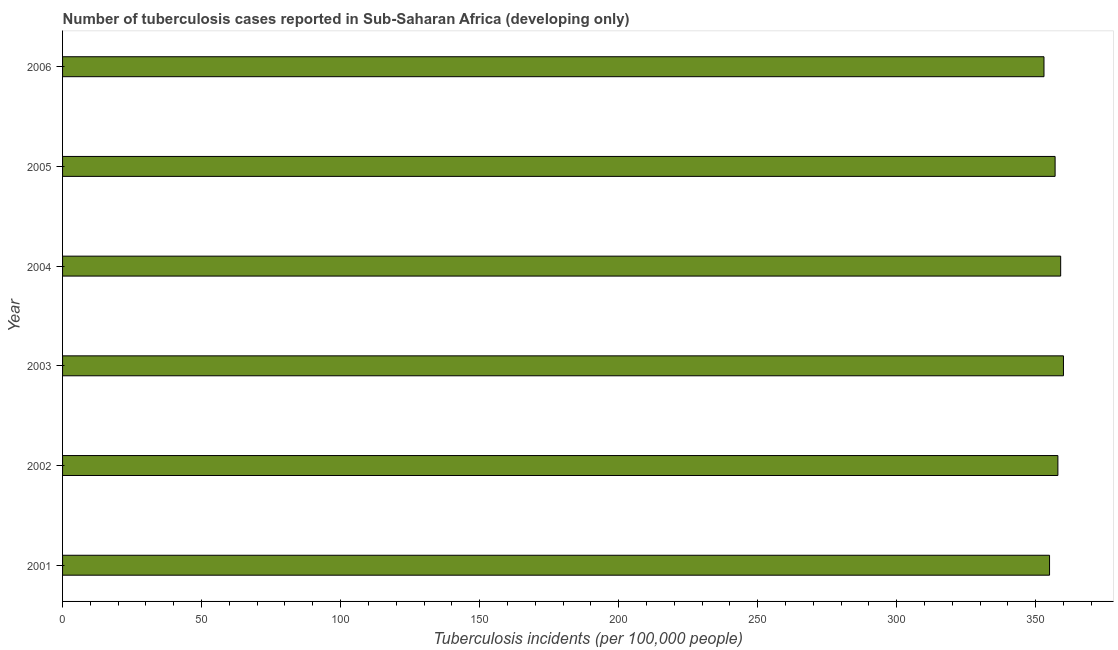
| Year | Incidence of tuberculosis |
 | --- | --- |
 | 2001 | 355 |
 | 2002 | 358 |
 | 2003 | 360 |
 | 2004 | 359 |
 | 2005 | 357 |
 | 2006 | 353 |